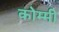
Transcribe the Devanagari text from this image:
कोम्मी